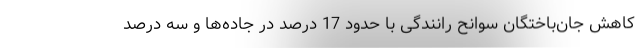
کاهش جان‌باختگان سوانح رانندگی با حدود 17 درصد در جاده‌ها و سه درصد